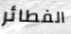
الفطائر